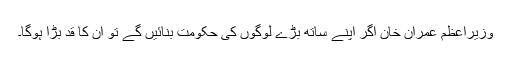
وزیراعظم عمران خان اگر اپنے ساتھ بڑے لوگوں کی حکومت بنائیں گے تو اُن کا قد بڑا ہوگا۔